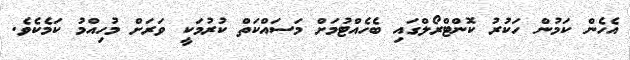
އެހެން ކަމުން ހަކުރު ކޮންޓްރޯލްގައި ބެހެއްޓުމަށް މަސައްކަތް ކުރުމަކީ ވަރަށް މުހިއްމު ކަމެކެވެ.